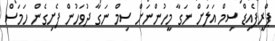
ޕްރީޕެއިޑް ސިމް އަލަށް ނަގާ މީހުންނަށް ސިމް ނަގާ ދުވަހުން ފެށިގެން ހަމަސް